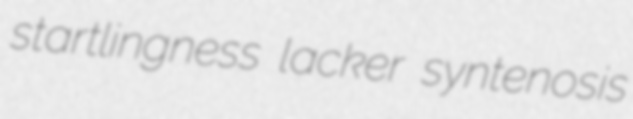
startlingness lacker syntenosis